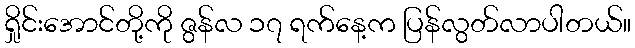
ရှိုင်းအောင်တို့ကို ဇွန်လ ၁၇ ရက်နေ့က ပြန်လွတ်လာပါတယ်။